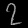
Digit: ၇